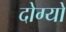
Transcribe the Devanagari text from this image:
दोग्यो